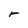
Character: r